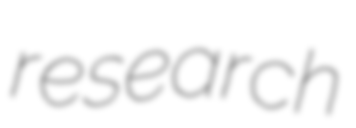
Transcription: research